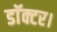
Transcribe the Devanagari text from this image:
डाॅक्टर।